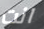
انت